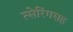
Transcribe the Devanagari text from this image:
त्सेरिंगसह